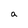
Character: a